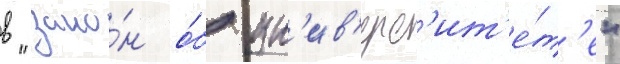
в "зако́н о́б ун'ив'ерс'ит'е́т'е"